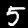
Digit: 5